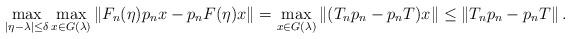
LaTeX: \begin{align*}\max_{|\eta-\lambda| \le \delta}\max_{x \in G(\lambda)} \| F_n(\eta)p_n x - p_n F(\eta) x\| = \max_{x \in G(\lambda)} \left\| (T_np_n -p_nT)x \right \| \le \left\| T_np_n -p_nT \right \|.\end{align*}